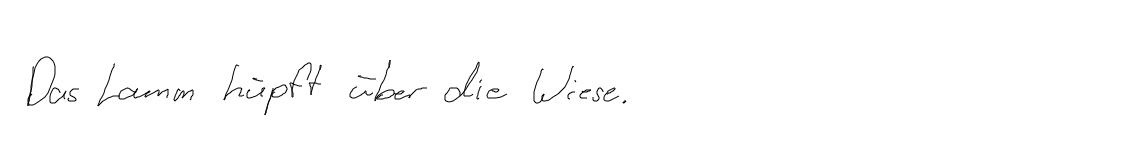
Das Lamm hüpft über die Wiese.